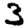
Digit: 3